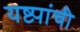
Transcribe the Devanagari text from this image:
यष्ट्यांची